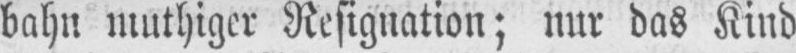
bahn muthiger Resignation; nur das Kind